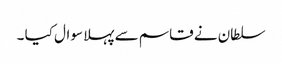
سلطان نے قاسم سے پہلا سوال کیا ۔